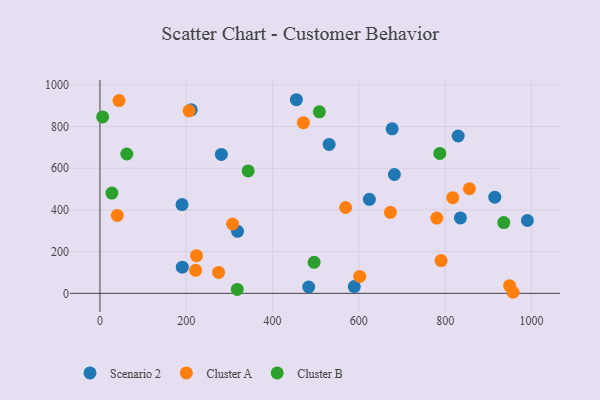
{"axis": {"x": "Study Hours", "y": "Sales"}, "legend": ["Cluster A", "Cluster B", "Scenario 2"], "data": [{"x": "589.4", "y": 32.3, "type": "Scenario 2"}, {"x": "281.3", "y": 666.2, "type": "Scenario 2"}, {"x": "531.1", "y": 714.2, "type": "Scenario 2"}, {"x": "483.8", "y": 30.4, "type": "Scenario 2"}, {"x": "455.1", "y": 928.8, "type": "Scenario 2"}, {"x": "190.2", "y": 426.0, "type": "Scenario 2"}, {"x": "682.3", "y": 570.0, "type": "Scenario 2"}, {"x": "190.8", "y": 125.6, "type": "Scenario 2"}, {"x": "915.0", "y": 461.4, "type": "Scenario 2"}, {"x": "677.1", "y": 789.4, "type": "Scenario 2"}, {"x": "624.4", "y": 451.1, "type": "Scenario 2"}, {"x": "990.5", "y": 349.5, "type": "Scenario 2"}, {"x": "211.5", "y": 880.2, "type": "Scenario 2"}, {"x": "318.8", "y": 297.5, "type": "Scenario 2"}, {"x": "835.3", "y": 361.9, "type": "Scenario 2"}, {"x": "830.2", "y": 754.9, "type": "Scenario 2"}, {"x": "569.2", "y": 411.9, "type": "Cluster A"}, {"x": "856.3", "y": 501.7, "type": "Cluster A"}, {"x": "957.3", "y": 5.1, "type": "Cluster A"}, {"x": "307.3", "y": 332.6, "type": "Cluster A"}, {"x": "44.1", "y": 924.6, "type": "Cluster A"}, {"x": "40.2", "y": 374.0, "type": "Cluster A"}, {"x": "471.4", "y": 818.5, "type": "Cluster A"}, {"x": "206.6", "y": 875.6, "type": "Cluster A"}, {"x": "221.7", "y": 110.2, "type": "Cluster A"}, {"x": "673.1", "y": 388.7, "type": "Cluster A"}, {"x": "817.6", "y": 459.0, "type": "Cluster A"}, {"x": "949.3", "y": 36.9, "type": "Cluster A"}, {"x": "223.7", "y": 180.9, "type": "Cluster A"}, {"x": "790.5", "y": 157.1, "type": "Cluster A"}, {"x": "780.6", "y": 360.9, "type": "Cluster A"}, {"x": "601.9", "y": 81.0, "type": "Cluster A"}, {"x": "275.0", "y": 100.5, "type": "Cluster A"}, {"x": "27.6", "y": 480.8, "type": "Cluster B"}, {"x": "496.3", "y": 148.6, "type": "Cluster B"}, {"x": "787.6", "y": 671.2, "type": "Cluster B"}, {"x": "935.9", "y": 339.7, "type": "Cluster B"}, {"x": "508.5", "y": 870.6, "type": "Cluster B"}, {"x": "343.5", "y": 587.0, "type": "Cluster B"}, {"x": "6.2", "y": 846.4, "type": "Cluster B"}, {"x": "62.2", "y": 668.5, "type": "Cluster B"}, {"x": "318.2", "y": 18.8, "type": "Cluster B"}]}